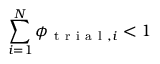
\sum _ { i = 1 } ^ { N } \phi _ { \mathrm { ~ t ~ r ~ i ~ a ~ l ~ } , i } < 1